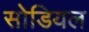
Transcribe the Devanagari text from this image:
सोडियल